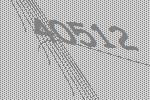
40512